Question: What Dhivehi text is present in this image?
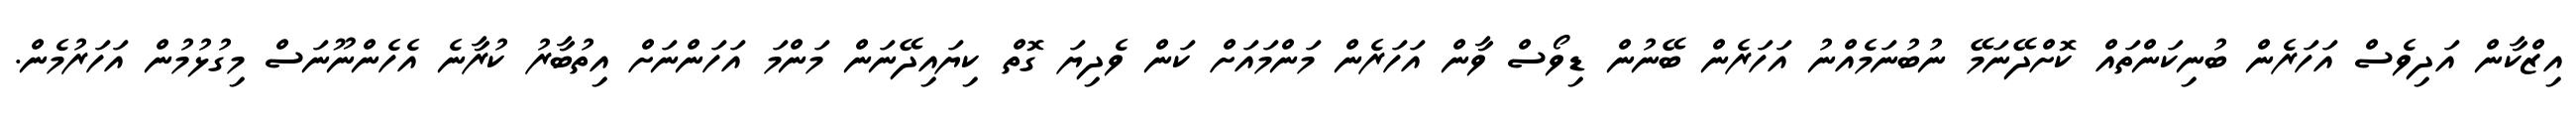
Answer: އިޒްކާން އަދިވެސް އަހަރެން ބުނިކަންތައް ކޮށްދޭނަމޭ ނުބުނަމެއްނު އަހަރެން ބޭނުން ޑިވޯސް ވާން އަހަރެން މަންމައަށް ކަން ވެދިޔަ ގޮތް ކިޔައިދޭނަން މަންމަ އަހަންނަށް އިތުބާރު ކުރާނެ އެހެންނޫނަސް މިގުޅުމުން އަހަރުމެން.